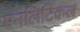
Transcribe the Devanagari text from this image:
एनलिटिकल